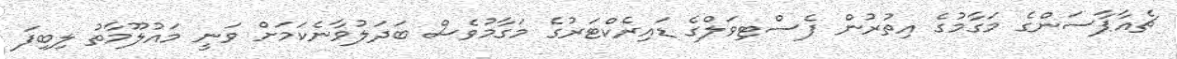
ޗެއާޕާސަންގެ މަގާމުގެ އިތުރުން ފެސްޓިވަލްގެ ޑައިރެކްޓަރުގެ މަގާމުވެސް ބަދަލުވާނެކަމަށް ވަނީ މައުލޫމާތު ލިބިފަ